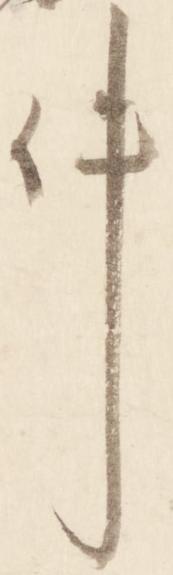
件